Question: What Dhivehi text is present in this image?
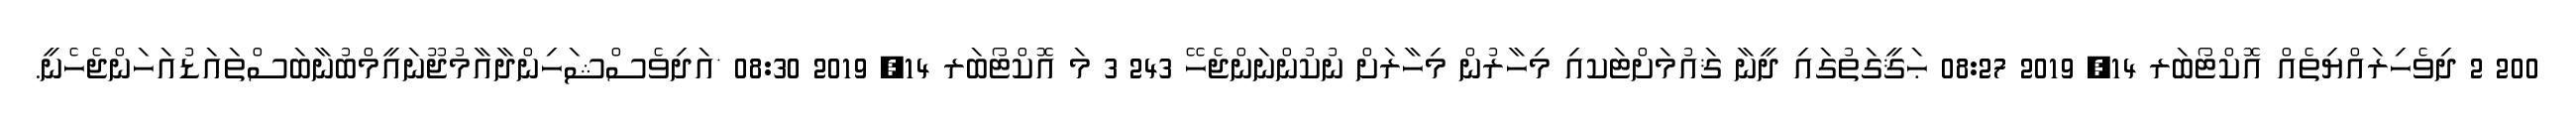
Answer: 200 2 ދިވެހިރައްޔިތެއް އޮކްޓޯބަރ 14, 2019 08:27 ޙަޤީގަތުގައި ދީނާ ޤައުމަށްޓަކއި މިހާރުން މިހާރަށް ނުކުންނަންޖެހޭ 243 3 މަ އޮކްޓޯބަރ 14, 2019 08:30 *އަދިވެސްޝަހިންދާއާމުޖޫނައީމްބުނާބަސްތައަޑުއަހަންޖެހެނީ.